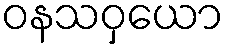
ဝနသဝှယော